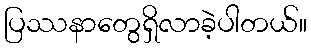
ပြဿနာတွေရှိလာခဲ့ပါတယ်။